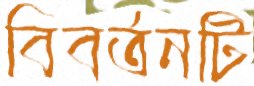
বিবর্তনটি